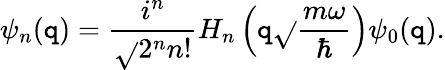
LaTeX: \psi_{n}(\mathtt{q})=\frac{{i^{n}}}{{\sqrt{}{{2^{n}n!}}}}H_{n}\left(\mathtt{q}\sqrt{}{{\frac{{m\omega}}{{\hbar}}}}\right)\psi_{0}(\mathtt{q}).